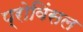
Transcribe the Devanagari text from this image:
प्रोविंसल